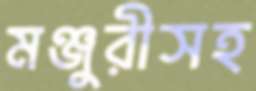
মঞ্জুরীসহ